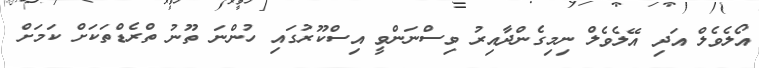
އޯލެވެލް އަދި އޭލެވެލް ނިމިގެންދާއިރު ވިސްނަންވީ އިސްކޫރުގައި ހުންނަ ތޫނު ތްރެޑްތަކަށް ކަމަށް